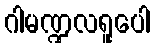
ဂါမဏ္ဍလရူပေါ